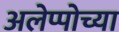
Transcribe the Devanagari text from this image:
अलेप्पोच्या